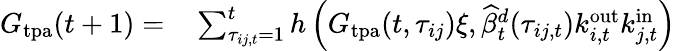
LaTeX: \begin{array}{rl}{G_{\mathrm{tpa}}(t+1)=}&{{}\sum_{\tau_{ij,t}=1}^{t}h\left(G_{\mathrm{tpa}}(t,\tau_{ij})\xi,\widehat{\beta}_{t}^{d}(\tau_{ij,t})k_{i,t}^{\mathrm{out}}k_{j,t}^{\mathrm{in}}\right)}\end{array}